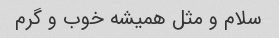
سلام و مثل همیشه خوب و گرم